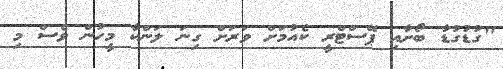
"ގުޑުގުޑާ ބޯށާއި ޕޭސްޓްރީ ކެއުމަށް ވަރަށް ގިނަ ލަންކާ މީހުން ވެސް މި